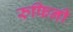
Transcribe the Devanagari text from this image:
रुफिनी